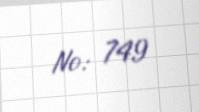
№: 749